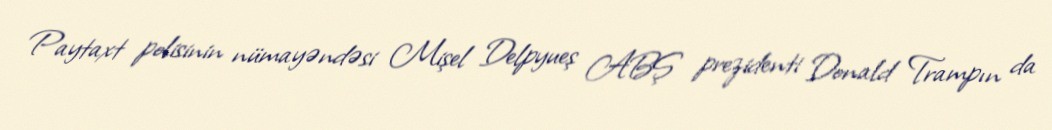
Paytaxt polisinin nümayəndəsi Mişel Delpyueş ABŞ prezidenti Donald Trampın da